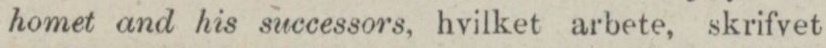
homet and his successors, hvilket arbete, skrifvet